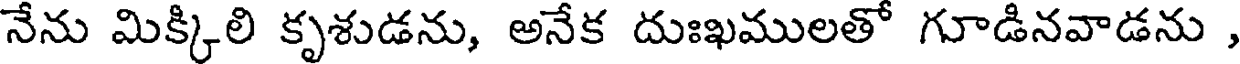
నేను మిక్కిలి కృశుడను, అనేక దుఃఖములతో గూడినవాడను ,